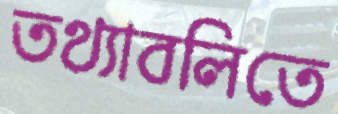
তথ্যাবলিতে